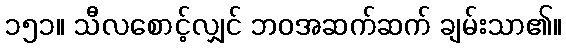
၁၅၁။ သီလစောင့်လျှင် ဘဝအဆက်ဆက် ချမ်းသာ၏။